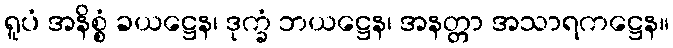
ရူပံ အနိစ္စံ ခယဋ္ဌေန၊ ဒုက္ခံ ဘယဋ္ဌေန၊ အနတ္တာ အသာရကဋ္ဌေန။